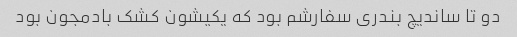
دو تا ساندیچ بندری سفارشم بود که یکیشون کشک بادمجون بود